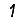
Digit: 1